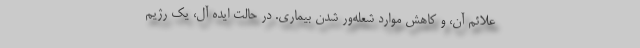
علائم آن، و کاهش موارد شعله‌ور شدن بیماری. در حالت ایده آل، یک رژیم